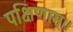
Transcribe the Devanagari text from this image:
पक्षिणाम्।।